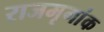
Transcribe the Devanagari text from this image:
राजमृगांक